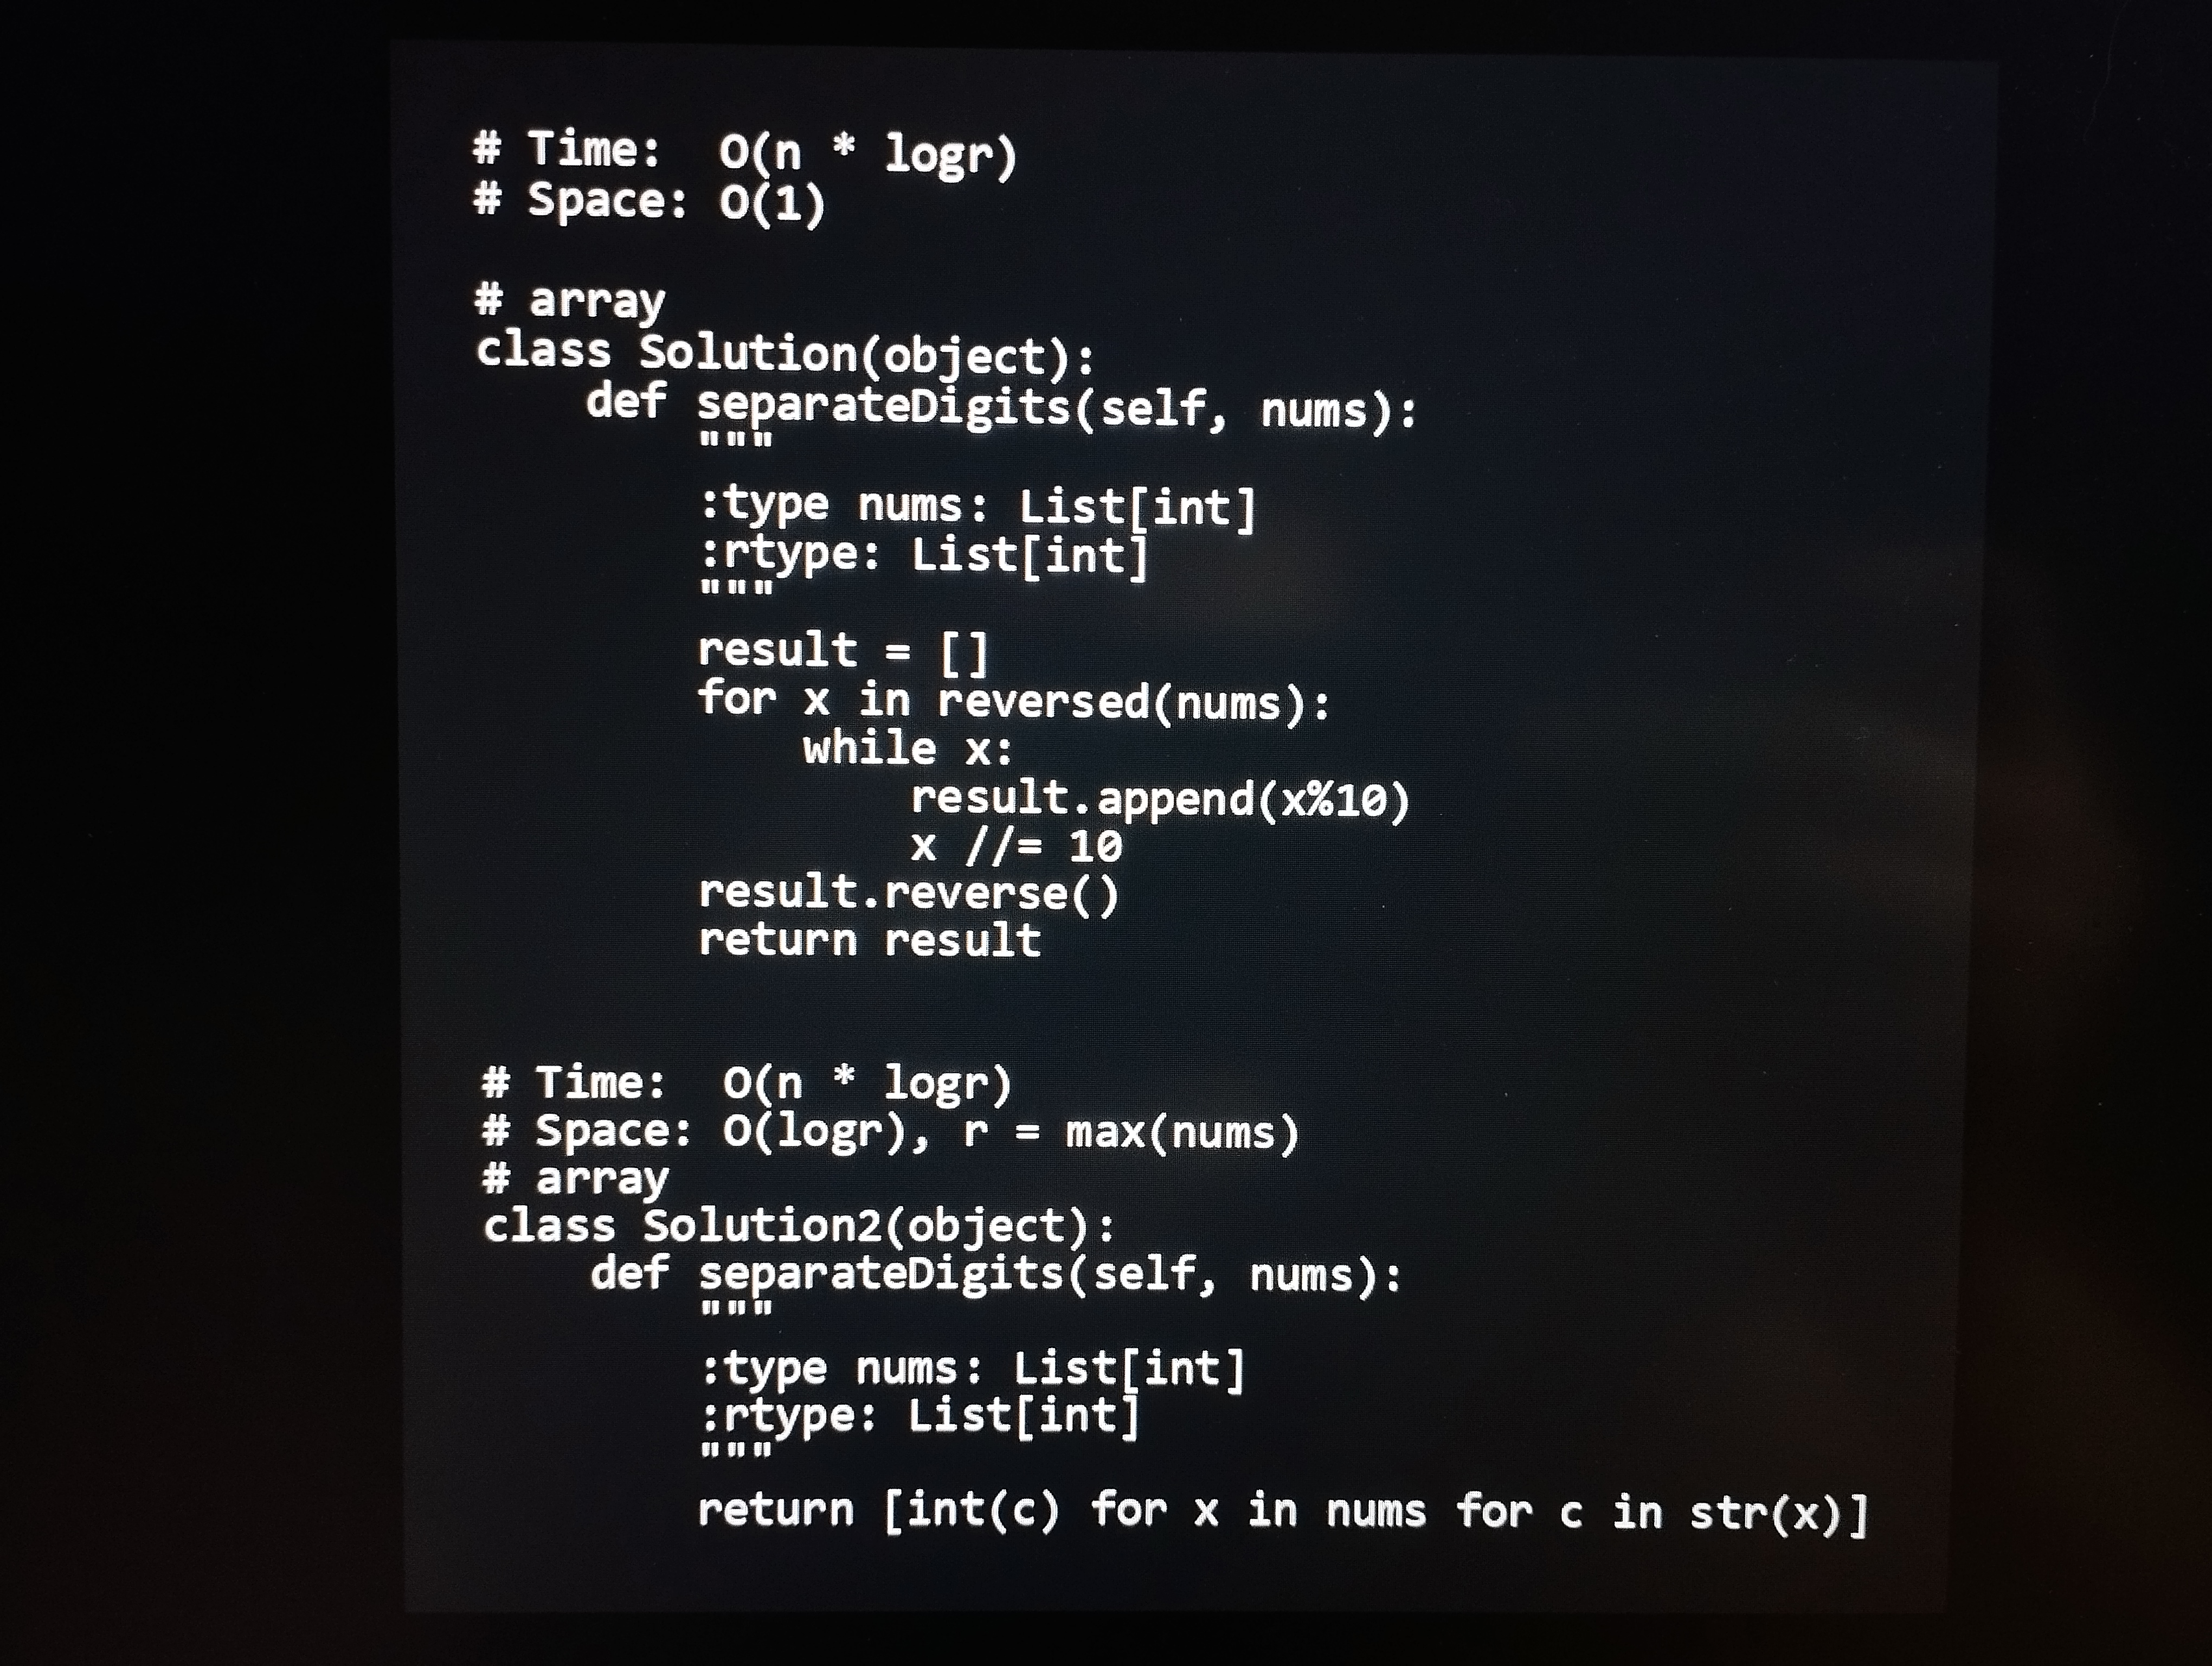
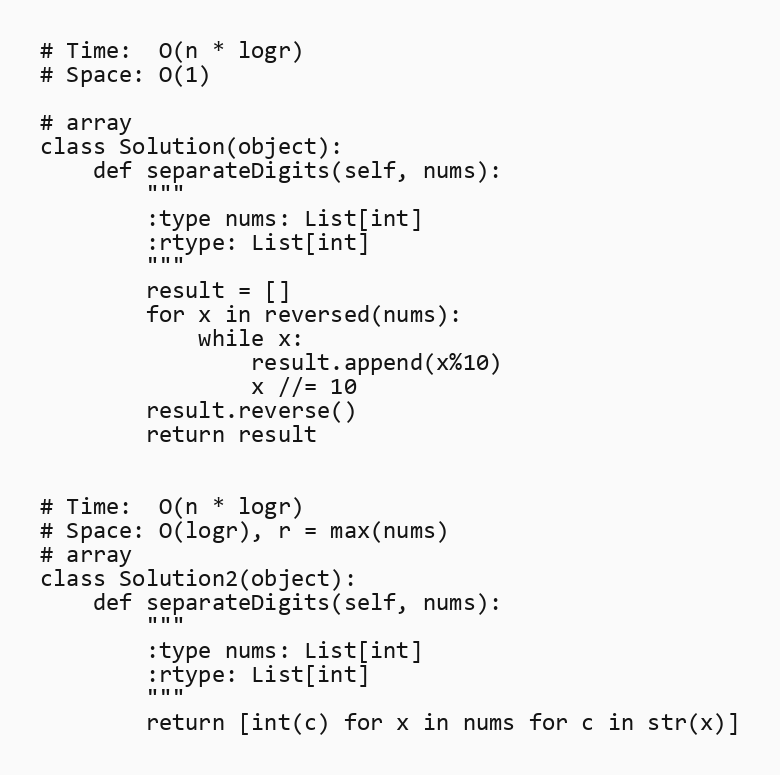
# Time:  O(n * logr)
# Space: O(1)

# array
class Solution(object):
    def separateDigits(self, nums):
        """
        :type nums: List[int]
        :rtype: List[int]
        """
        result = []
        for x in reversed(nums):
            while x:
                result.append(x%10)
                x //= 10
        result.reverse()
        return result

# Time:  O(n * logr)
# Space: O(logr), r = max(nums)
# array
class Solution2(object):
    def separateDigits(self, nums):
        """
        :type nums: List[int]
        :rtype: List[int]
        """
        return [int(c) for x in nums for c in str(x)]